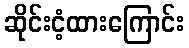
ဆိုင်းငံ့ထားကြောင်း